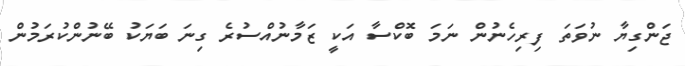
ޖަންގިޔާ ނުވަތަ ފިރިހެނުން ނަމަ ބޮކްސާ އަކީ ޒަމާނުއްސުރެ ގިނަ ބަޔަކު ބޭނުންކުރަމުން